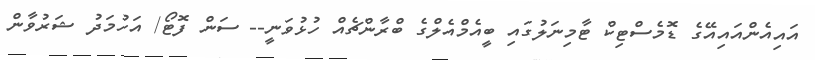
އައިއެންއައިއޭގެ ޑޮމެސްޓިކް ޓާމިނަލުގައި ބީއެމްއެލްގެ ބްރާންޗެއް ހުޅުވަނީ-- ސަން ފޮޓޯ/ އަހުމަދު ޝަރުވާން